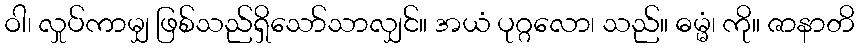
ဝါ၊ လှုပ်ကာမျှ ဖြစ်သည်ရှိသော်သာလျှင်။ အယံ ပုဂ္ဂလော၊ သည်။ ဓမ္မံ၊ ကို။ ဇာနာတိ